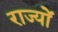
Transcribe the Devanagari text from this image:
राज्योें